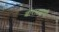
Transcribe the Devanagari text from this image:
बोराट्याची